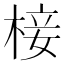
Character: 椄